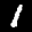
Label: 1